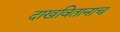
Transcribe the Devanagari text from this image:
दाखवितानाच